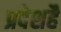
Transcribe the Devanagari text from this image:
प्रदेशहै